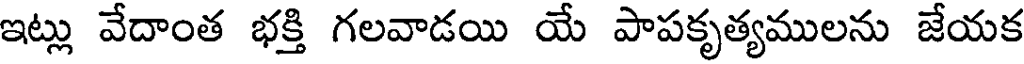
ఇట్లు వేదాంత భక్తి గలవాడయి యే పాపకృత్యములను జేయక